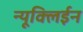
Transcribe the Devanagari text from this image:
न्यूक्लिईन